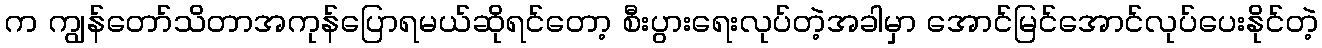
က ကျွန်တော်သိတာအကုန်ပြောရမယ်ဆိုရင်တော့ စီးပွားရေးလုပ်တဲ့အခါမှာ အောင်မြင်အောင်လုပ်ပေးနိုင်တဲ့